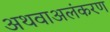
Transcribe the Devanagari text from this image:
अथवाअलंकरण